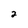
Character: 2